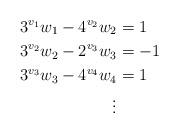
LaTeX: \begin{align*}3^{v_1} w_1 - 4^{v_2} w_2 & = 1 \\3^{v_2} w_2 - 2^{v_3} w_3 & = - 1 \\3^{v_3} w_3 - 4^{v_4} w_4 & = 1 \\\vdots & \end{align*}